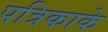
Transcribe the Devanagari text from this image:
पत्रिकाके